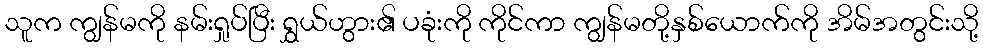
သူက ကျွန်မကို နမ်းရှုပ်ပြီး ရွှယ်ဟွား၏ ပခုံးကို ကိုင်ကာ ကျွန်မတို့နှစ်ယောက်ကို အိမ်အတွင်းသို့